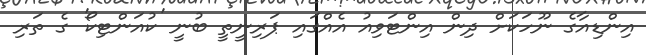
އިންޑިއާގެ ނޫހަކަށް ދިން އިންޓަވިއު އެއްގައި ޕަރިނީތީ ބުނީ 'ކުއަންޓިކޯ' ގެ ތަރި